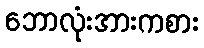
ဘောလုံးအားကစား